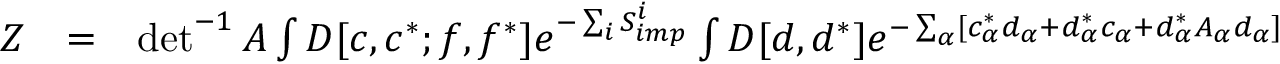
\begin{array} { r l r } { { \cal Z } } & { = } & { \operatorname* { d e t } ^ { - 1 } A \int { \cal D } [ c , c ^ { * } ; f , f ^ { * } ] e ^ { - \sum _ { i } S _ { i m p } ^ { i } } \int { \cal D } [ d , d ^ { * } ] e ^ { - \sum _ { \alpha } [ c _ { \alpha } ^ { * } d _ { \alpha } + d _ { \alpha } ^ { * } c _ { \alpha } + d _ { \alpha } ^ { * } A _ { \alpha } d _ { \alpha } ] } \phantom { . } } \end{array}